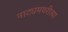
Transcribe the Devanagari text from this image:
नाट्यमयरीत्या